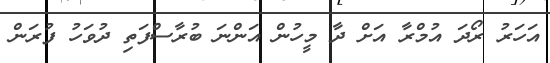
އަހަރު ރޯދަ އުމްރާ އަށް ދާ މީހުން އަންނަ ބުރާސްފަތި ދުވަހު ފުރަން